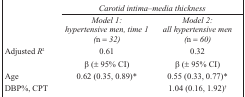
| <COLSPAN=3> Carotid intima–media thickness |
 |  | Model 1: hypertensive men, time 1 (n = 32) | Model 2: all hypertensive men (n = 60) |
 | --- | --- | --- |
 | <ROWSPAN=2> Adjusted R2 | 0.61 | 0.32 |
 | β (± 95% CI) | β (± 95% CI) |
 | Age | 0.62 (0.35, 0.89)* | 0.55 (0.33, 0.77)* |
 | DBP%, CPT |  | 1.04 (0.16, 1.92)† |